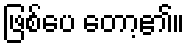
ဖြစ်ပေ တော့၏။